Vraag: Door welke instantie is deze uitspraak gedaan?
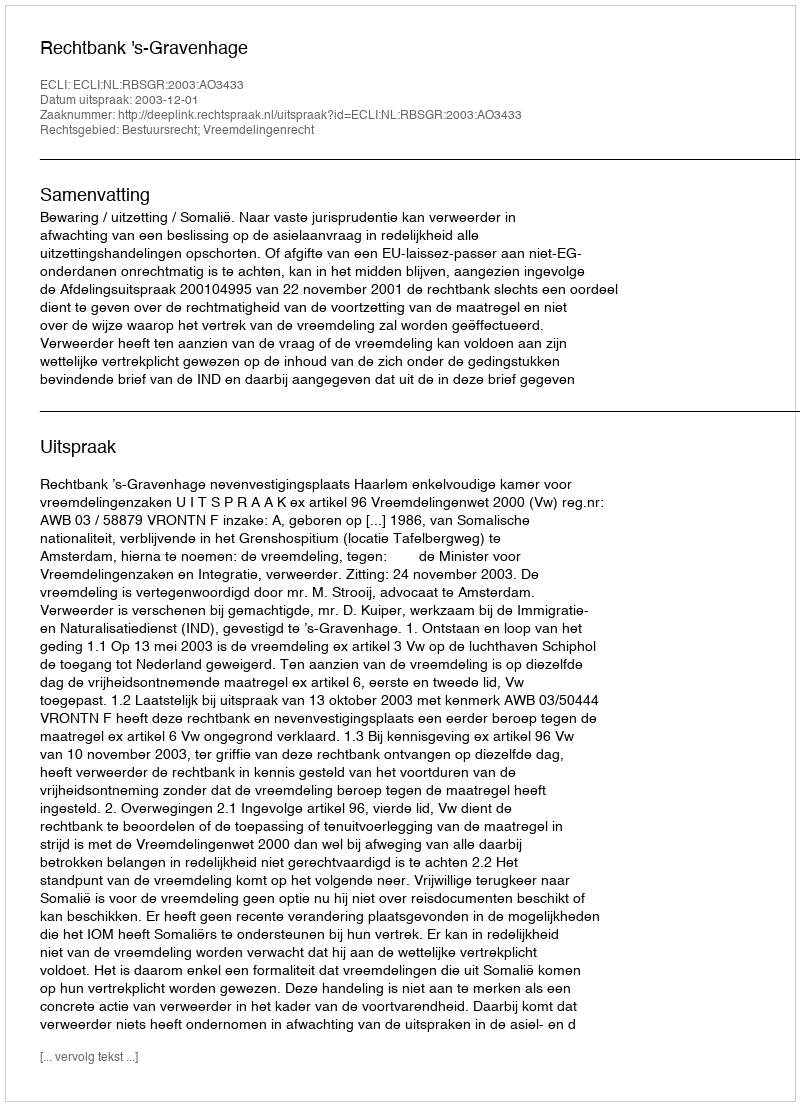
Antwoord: Rechtbank 's-Gravenhage